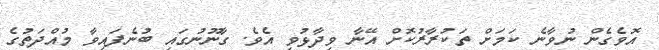
އޮވެގެން ނުވާނެ ކަމަށް ތަކުރާރުކޮށް އޭނާ ވިދާޅުވި އެވެ. ގާނޫނުގައި ބުނެފައިވާ މުއްދަތުގެ